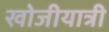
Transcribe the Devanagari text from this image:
खोजीयात्री